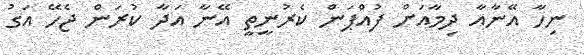
ނިހާ އޭނާއާ ދިމާއަށް ފުއްޕަން ކެރުނީތީ އޭނާ އަދާ ކުރަން ޖެހޭ އަގު